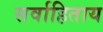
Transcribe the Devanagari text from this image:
सर्वाहिताय